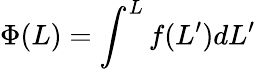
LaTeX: \Phi(L)=\int^{L}f(L^{\prime})dL^{\prime}